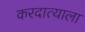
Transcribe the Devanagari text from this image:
करदात्याला